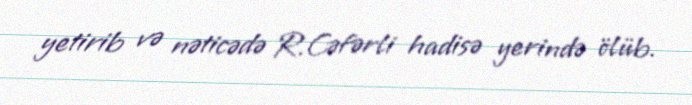
yetirib və nəticədə R.Cəfərli hadisə yerində ölüb.